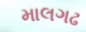
માલગઢ